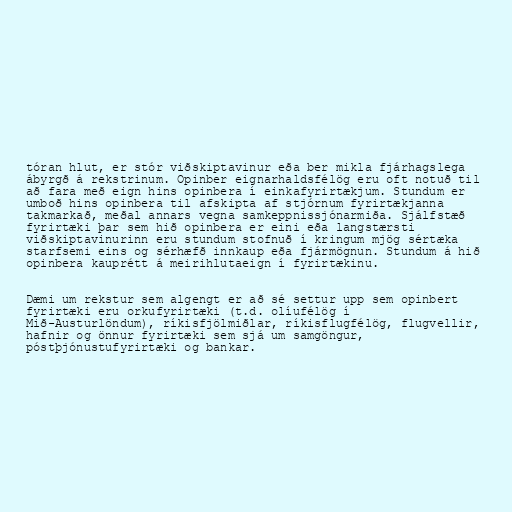
tóran hlut, er stór viðskiptavinur eða ber mikla fjárhagslega
ábyrgð á rekstrinum. Opinber eignarhaldsfélög eru oft notuð til
að fara með eign hins opinbera í einkafyrirtækjum. Stundum er
umboð hins opinbera til afskipta af stjórnum fyrirtækjanna
takmarkað, meðal annars vegna samkeppnissjónarmiða. Sjálfstæð
fyrirtæki þar sem hið opinbera er eini eða langstærsti
viðskiptavinurinn eru stundum stofnuð í kringum mjög sértæka
starfsemi eins og sérhæfð innkaup eða fjármögnun. Stundum á hið
opinbera kauprétt á meirihlutaeign í fyrirtækinu.

Dæmi um rekstur sem algengt er að sé settur upp sem opinbert
fyrirtæki eru orkufyrirtæki (t.d. olíufélög í
Mið-Austurlöndum), ríkisfjölmiðlar, ríkisflugfélög, flugvellir,
hafnir og önnur fyrirtæki sem sjá um samgöngur,
póstþjónustufyrirtæki og bankar.